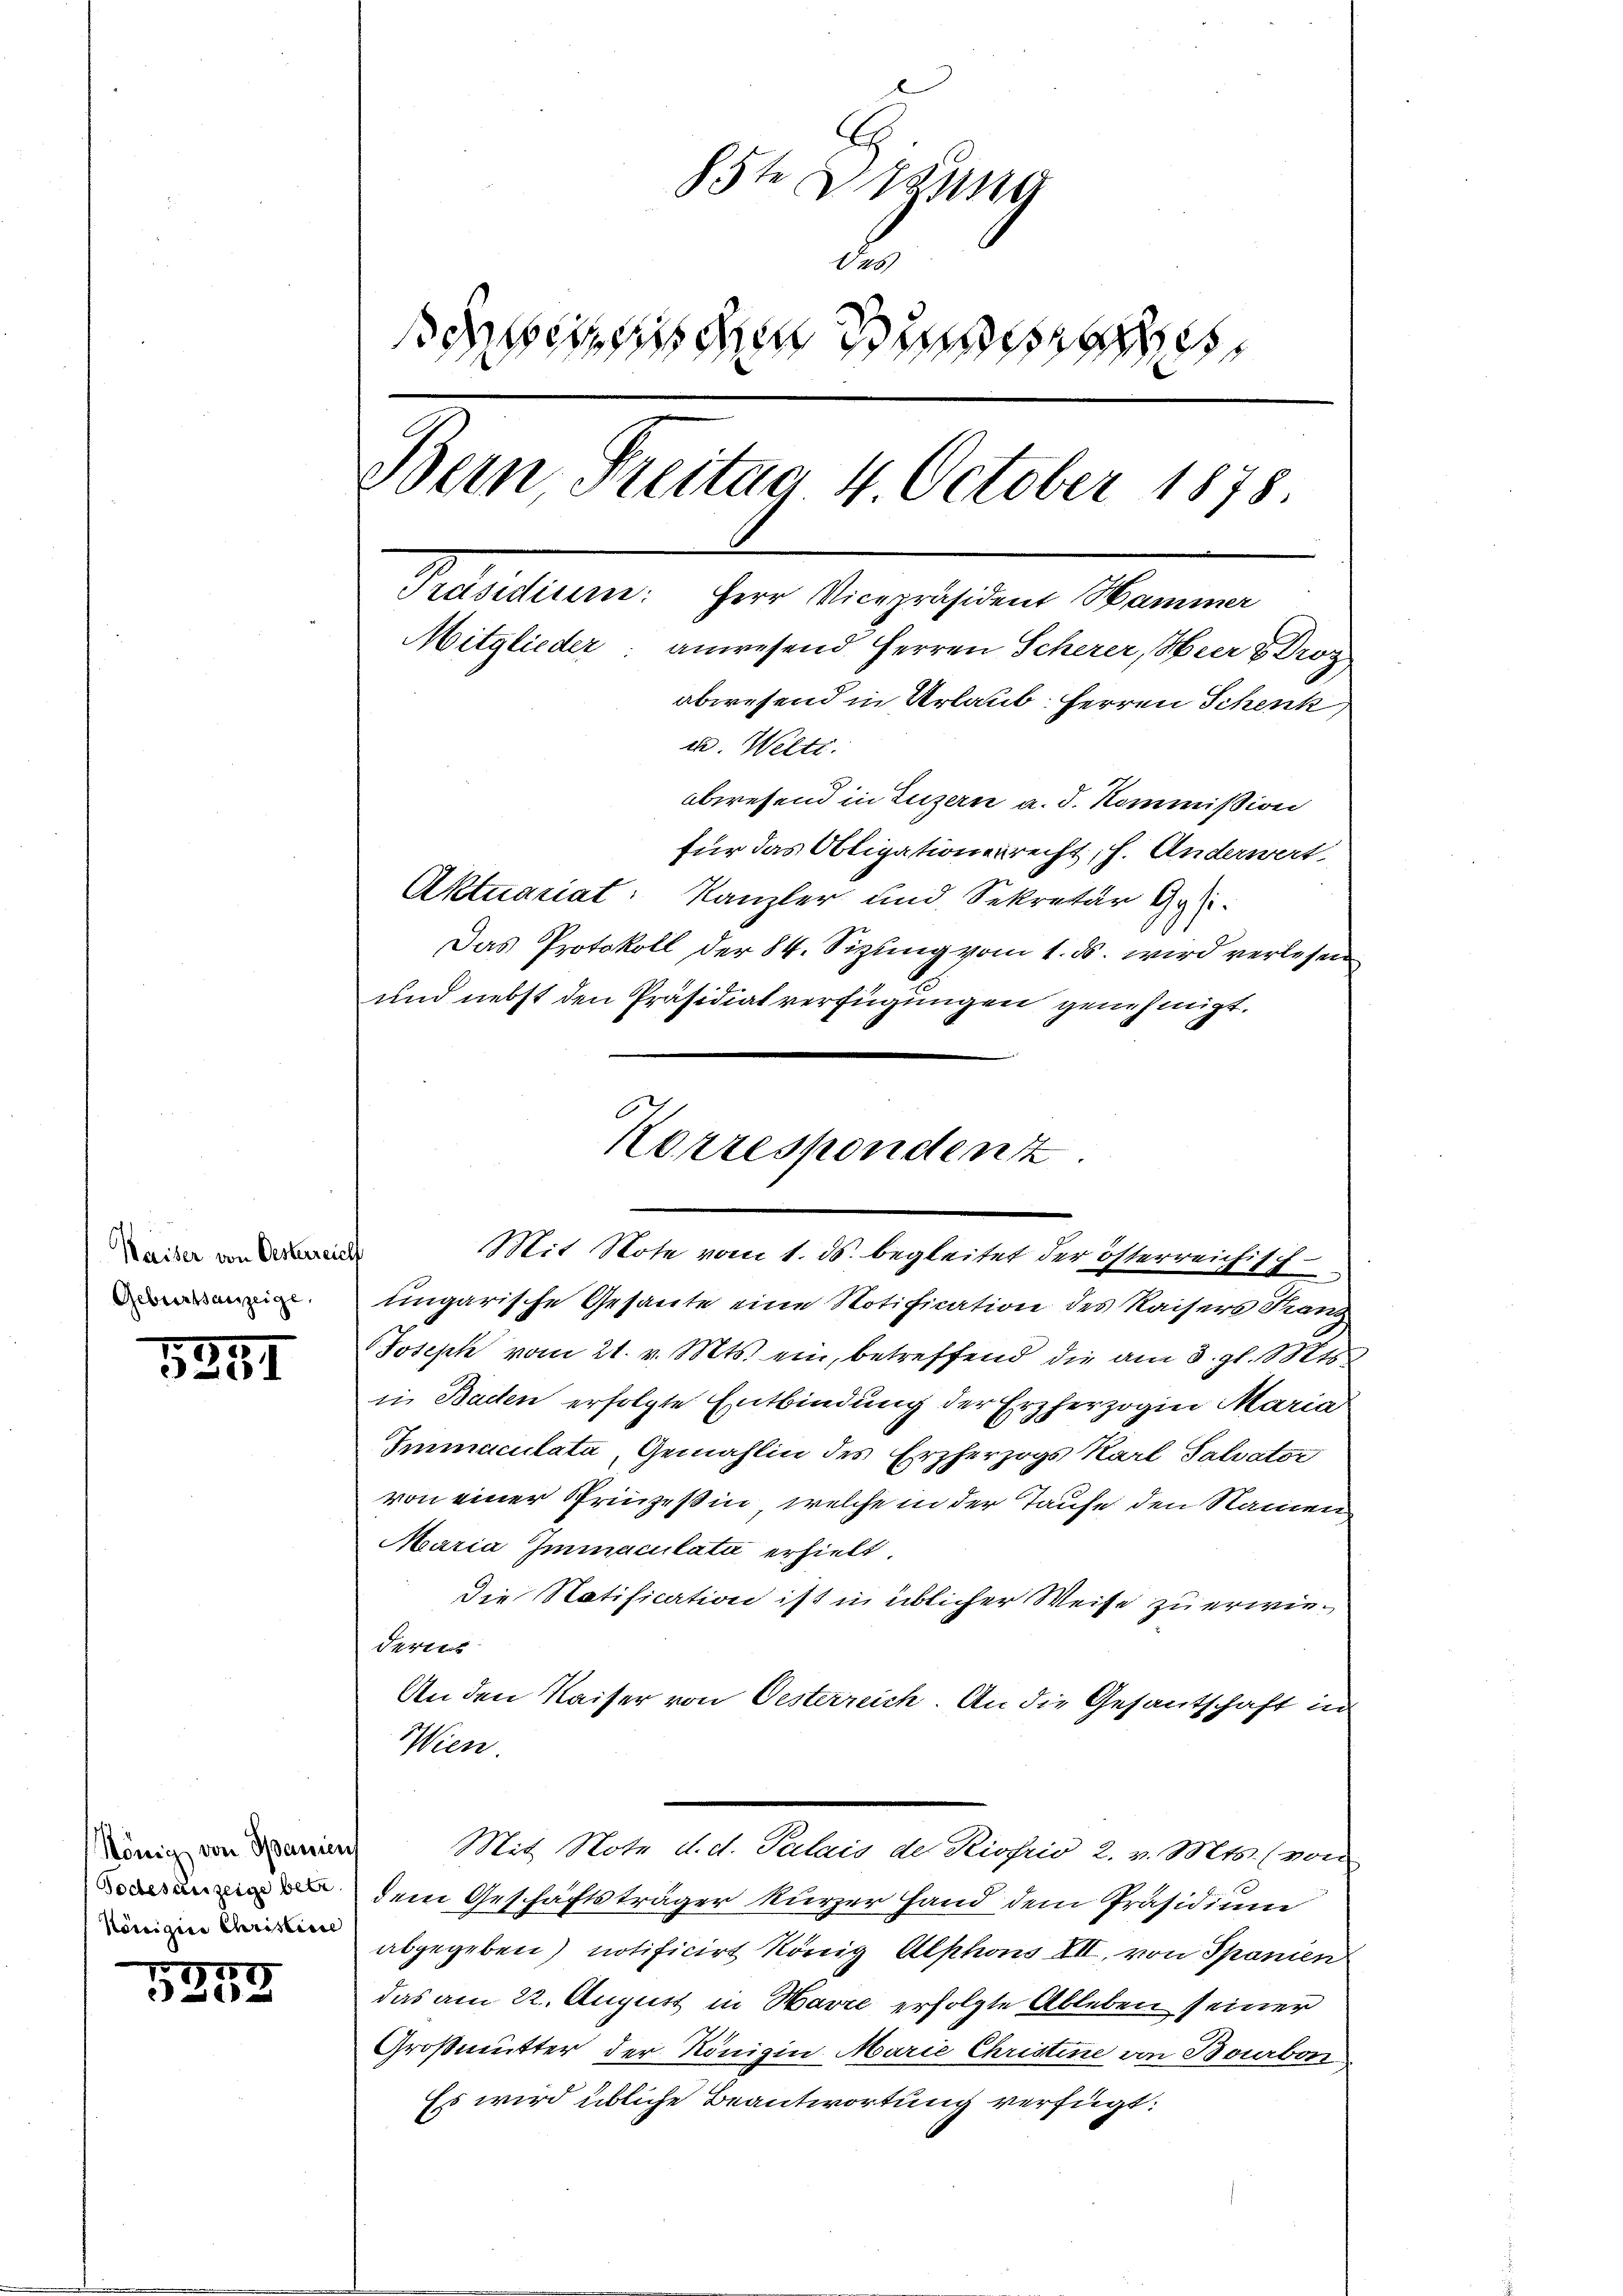
Waiser von Oesterreich
Geburtsanzeige

5251

König von Spanien,
Todesauzeige betr
Königin Christine

157
520.

85te Sitzung
d
schens dem Sinne
Bern Freitag 4 October 1878.
Gebietun
Herr Vicepräsident Hammer
Mitglieder: anwesend Herren Scherer, Heer & Droz
abwesend in Urlaub, Herren Schenk
ch. Welti.
abwesend in Luzern a. d. Kommission
für das Obligationenrecht, s. Anderwert

Aktuariat: Kanzler und Sekretär Gysi-
Das Protokoll der 84. Sizung vom 1. ds. wird verlesen
und nebst den Präsidiat verfügungen genehmigt.
ungarische Gesante eine Notification des Kaisers Franz
Joseph vom 21. v. Mts. ein, betreffend die am 3. gl. St
in Baden erfolgte Entbindung der Erzherzogin Maria
Immaculata, Gemahlin des Erzherzogs Karl Salvator
von einer Prinzeßin, welche in der Taufe den Namen
Maria Immaculata erhielt.
Die Natification ist in üblicher Weise zu erwiederi
An den Kaiser von Oesterreich. An die Gesantschaft in
Wien
Mit Note d. d. Palais de Riofrio, 2. v. Mts. (von
dem Geschäftsträger kurzer Hand dem Präsidium
abgegeben) notificirt König Alphons VII, von Spanien
das am 22. August in Havre erfolgte Ableben seiner
Großmutter der Königin Marie Christine von Bourbon
Es wird übliche Beantwortung verfügt:

Korrespondenz
Mit Note vom 1. ds. begleitet der österreichisch